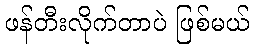
ဖန်တီးလိုက်တာပဲ ဖြစ်မယ်